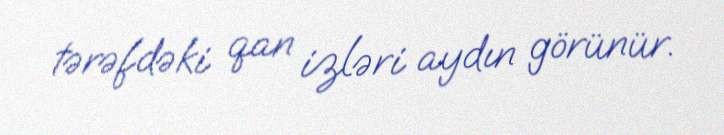
tərəfdəki qan izləri aydın görünür.